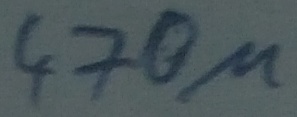
Text: 470µ